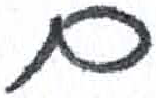
אות: ם